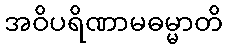
အဝိပရိဏာမဓမ္မာတိ